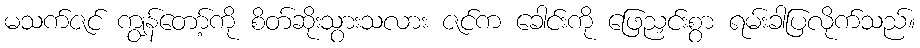
မသက်ဇင် ကျွန်တော့်ကို စိတ်ဆိုးသွားသလား ဇင်က ခေါင်းကို ဖြေညှင်းစွာ ရမ်းခါပြလိုက်သည်။